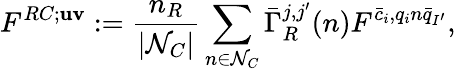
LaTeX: F^{RC;\mathbf{uv}}:=\frac{n_{R}}{|\mathcal N_{C}|}\sum_{n\in\mathcal N_{C}}\bar{\Gamma}_{R}^{j,j^{\prime}}(n)F^{\bar{c}_{i},q_{i}n\bar{q}_{I^{\prime}}},